Report of the Indian Hemp Drugs Commission, 1894-1895 - Volume IV
Year: 1894
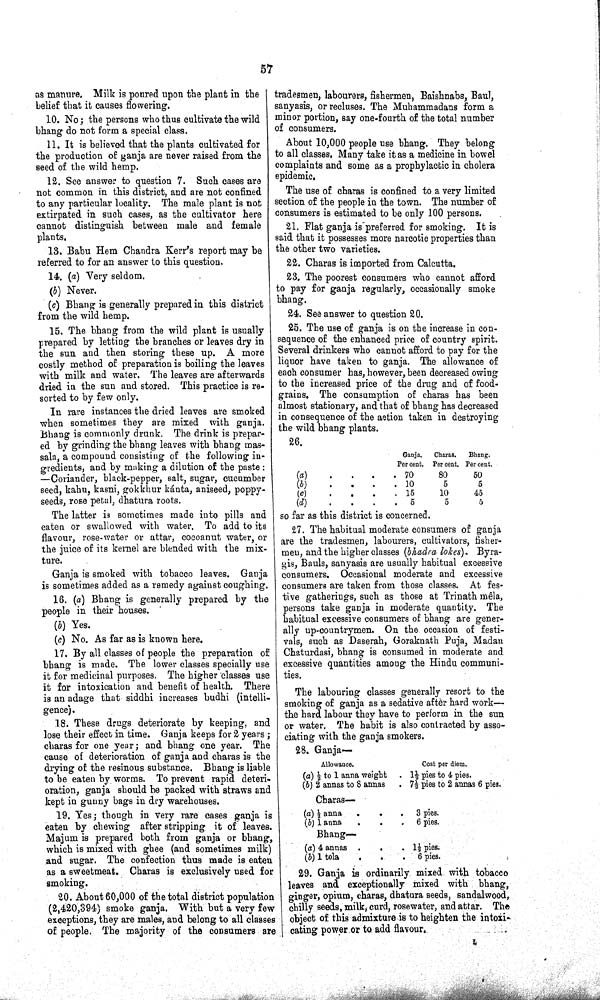
57
as manure. Milk is poured upon the plant in the
belief that it causes flowering.
10. No; the persons who thus cultivate the wild
bhang do not form a special class.
11. It is believed that the plants cultivated for
the production of ganja are never raised from the
seed of the wild hemp.
12. See answer to question 7. Such cases are
not common in this district, and are not confined
to any particular locality. The male plant is not
extirpated in such cases, as the cultivator here
cannot distinguish between male and female
plants.
13. Babu Hem Chandra Kerr's report may be
referred to for an answer to this question.
14. (a) Very seldom.
(b) Never.
(c) Bhang is generally prepared in this district
from the wild hemp.
15. The bhang from the wild plant is usually
prepared by letting the branches or leaves dry in
the sun and then storing these up. A more
costly method of preparation is boiling the leaves
with milk and water. The leaves are afterwards
dried in the sun and stored. This practice is re-
sorted to by few only.
In rare instances the dried leaves are smoked
when sometimes they are mixed with ganja.
Bhang is commonly drunk. The drink is prepar-
ed by grinding the bhang leaves with bhang mas-
sala, a compound consisting of the following in-
gredients, and by making a dilution of the paste:
—Coriander, black-pepper, salt, sugar, cucumber
seed, kahu, kasni, gokkhur kánta, aniseed, poppy-
seeds, rose petal, dhatura roots.
The latter is sometimes made into pills and
eaten or swallowed with water. To add to its
flavour, rose-water or attar, cocoanut water, or
the juice of its kernel are blended with the mix-
ture.
Ganja is smoked with tobacco leaves. Ganja
is sometimes added as a remedy against coughing.
16. (a) Bhang is generally prepared by the
people in their houses.
(b) Yes.
(c) No. As far as is known here.
17. By all classes of people the preparation of
bhang is made. The lower classes specially use
it for medicinal purposes. The higher classes use
it for intoxication and benefit of health. There
is an adage that siddhi increases budhi (intelli-
gence).
18. These drugs deteriorate by keeping, and
lose their effect in time. Ganja keeps for 2 years;
charas for one year; and bhang one year. The
cause of deterioration of ganja and charas is the
drying of the resinous substance. Bhang is liable
to be eaten by worms. To prevent rapid deteri-
oration, ganja should be packed with straws and
kept in gunny bags in dry warehouses.
19. Yes; though in very rare cases ganja is
eaten by chewing after stripping it of leaves.
Majum is prepared both from ganja or bhang,
which is mixed with ghee (and sometimes milk)
and sugar. The confection thus made is eaten
as a sweetmeat. Charas is exclusively used for
smoking.
20. About 60,000 of the total district population
(2,420,394) smoke ganja. With but a very few
exceptions, they are males, and belong to all classes
of people. The majority of the consumers are
tradesmen, labourers, fishermen, Baishnabs, Baul,
sanyasis, or recluses. The Muhammadans form a
minor portion, say one-fourth of the total number
of consumers.
About 10,000 people use bhang. They belong
to all classes. Many take it as a medicine in bowel
complaints and some as a prophylactic in cholera
epidemic.
The use of charas is confined to a very limited
section of the people in the town. The number of
consumers is estimated to be only 100 persons.
21. Flat ganja is preferred for smoking. It is
said that it possesses more narcotic properties than
the other two varieties.
22. Charas is imported from Calcutta.
23. The poorest consumers who cannot afford
to pay for ganja regularly, occasionally smoke
bhang.
24. See answer to question 20.
25. The use of ganja is on the increase in con-
sequence of the enhanced price of country spirit.
Several drinkers who cannot afford to pay for the
liquor have taken to ganja. The allowance of
each consumer has, however, been decreased owing
to the increased price of the drug and of food-
grains. The consumption of charas has been
almost stationary, and that of bhang has decreased
in consequence of the action taken in destroying
the wild bhang plants.
26.
Ganja.
Charas.
Bhang.
Per cent. Per cent. Per cent.
(a)
70
80
50
(b)
10
5
5
(c)
15
10
45
(d)
5
5
5
so far as this district is concerned.
27. The habitual moderate consumers of ganja
are the tradesmen, labourers, cultivators, fisher-
men, and the higher classes (bhadra lokes). Byra-
gis, Bauls, sanyasis are usually habitual excessive
consumers. Occasional moderate and excessive
consumers are taken from those classes. At fes-
tive gatherings, such as those at Trinath mêla,
persons take ganja in moderate quantity. The
habitual excessive consumers of bhang are gener-
ally up-countrymen. On the occasion of festi-
vals, such as Daserah, Goraknath Puja, Madan
Chaturdasi, bhang is consumed in moderate and
excessive quantities among the Hindu communi-
ties.
The labouring classes generally resort to the
smoking of ganja as a sedative after hard work—
the hard labour they have to perform in the sun
or water. The habit is also contracted by asso-
ciating with the ganja smokers.
28. Ganja—
Allowance.
Cost per diem.
(a) 1/2 to 1 anna weight
11/2 pies to 4 pies.
(b) 2 annas to 8 annas
71/2 pies to 2 annas 6 pies.
Charas—
(a) 1/2 anna
3 pies.
(b) 1 anna
6 pies.
Bhang-
(a) 4 annas
11/2
pies.
(b) 1 tola
6 pies.
29. Ganja is ordinarily mixed with tobacco
leaves and exceptionally mixed with bhang,
ginger, opium, charas, dhatura seeds, sandalwood,
chilly seeds, milk, curd, rosewater, and attar. The
object of this admixture is to heighten the intoxi-
cating power or to add flavour.
L